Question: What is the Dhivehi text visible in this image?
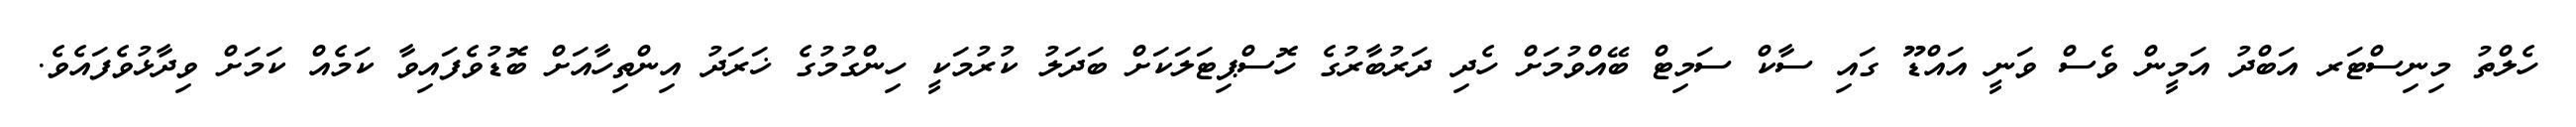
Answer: ހެލްތު މިނިސްޓަރ އަބްދު އަމީން ވެސް ވަނީ އައްޑޫ ގައި ސާކް ސަމިޓް ބޭއްވުމަށް ހެދި ދަރުބާރުގެ ހޮސްޕިޓަލަކަށް ބަދަލު ކުރުމަކީ ހިންގުމުގެ ޚަރަދު އިންތިހާއަށް ބޮޑުވެފައިވާ ކަމެއް ކަމަށް ވިދާޅުވެފައެވެ.